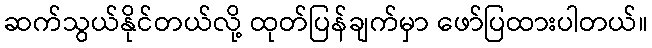
ဆက်သွယ်နိုင်တယ်လို့ ထုတ်ပြန်ချက်မှာ ဖော်ပြထားပါတယ်။